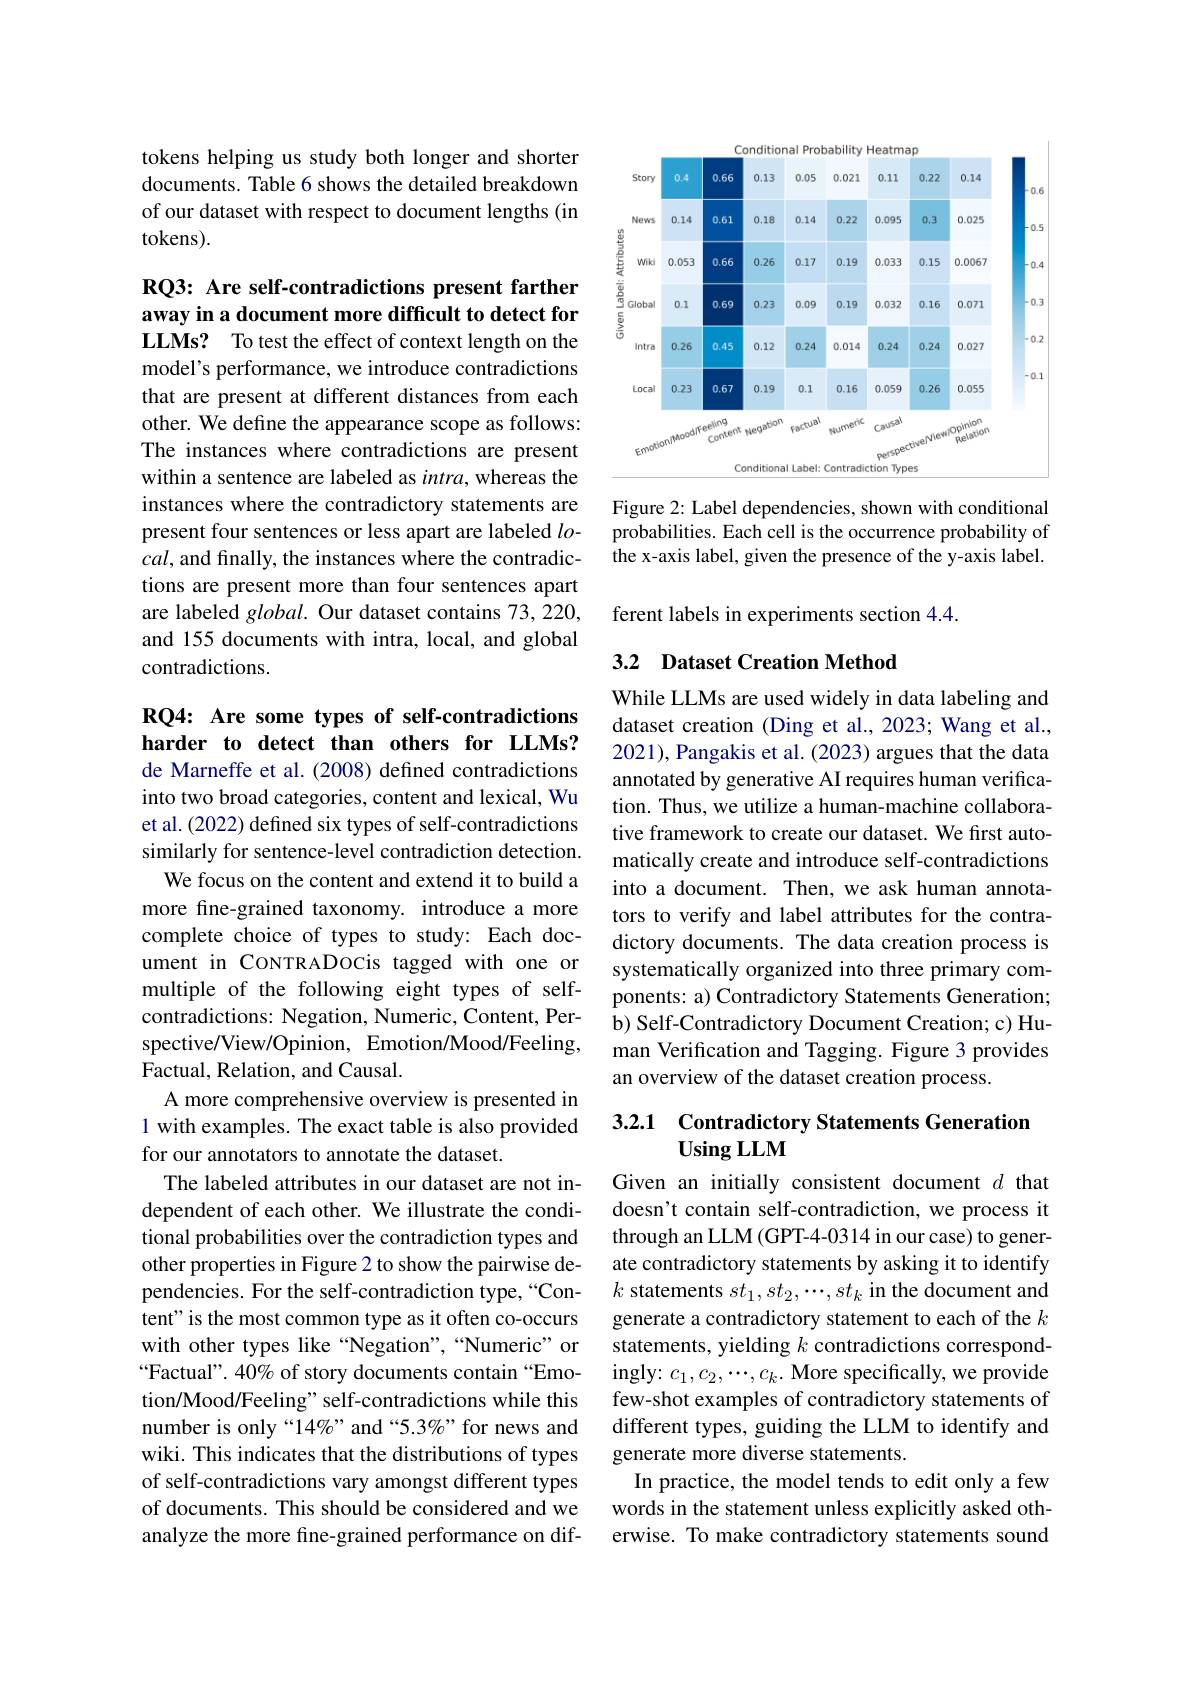
tokens helping us study both longer and shorter documents. Table 6 shows the detailed breakdown of our dataset with respect to document lengths (in tokens).

# RQ3: Are self-contradictions present farther away in a document more difficult to detect for LLMs? To test the effect of context length on the

model's performance, we introduce contradictions that are present at different distances from each other. We define the appearance scope as follows: The instances where contradictions are present within a sentence are labeled as $intra$, whereas the instances where the contradictory statements are present four sentences or less apart are labeled $lo$- $cal$, and finally, the instances where the contradictions are present more than four sentences apart are labeled global. Our dataset contains 73, 220, and 155 documents with intra, local, and global contradictions.

RQ4: Are some types of self-contradictions harder to detect than others for LLMs? de Marneffe et al. (2008) defined contradictions into two broad categories, content and lexical, Wu et al. (2022) defined six types of self-contradictions similarly for sentence-level contradiction detection.
We focus on the content and extend it to build a more fine-grained taxonomy. introduce a more complete choice of types to study: Each document in CONTRADOCis tagged with one or multiple of the following eight types of selfcontradictions: Negation, Numeric, Content, Perspective/View/Opinion, Emotion/Mood/Feeling, Factual, Relation, and Causal.
A more comprehensive overview is presented in 1 with examples. The exact table is also provided for our annotators to annotate the dataset.
The labeled attributes in our dataset are not independent of each other. We illustrate the conditional probabilities over the contradiction types and other properties in Figure 2 to show the pairwise dependencies. For the self-contradiction type,“Content" is the most common type as it often co-occurs with other types like “Negation”,“Numeric” or “Factual”. 40% of story documents contain “Emotion/Mood/Feeling" self-contradictions while this number is only“14%” and“5.3%” for news and wiki. This indicates that the distributions of types of self-contradictions vary amongst different types of documents. This should be considered and we analyze the more fine-grained performance on dif-

<FigureHere>

Figure 2: Label dependencies, shown with conditional probabilities. Each cell is the occurrence probability of the x-axis label, given the presence of the y-axis label.

ferent labels in experiments section 4.4.

## 3.2 Dataset Creation Method

While LLMs are used widely in data labeling and dataset creation (Ding et al., 2023; Wang et al., 2021), Pangakis et al. (2023) argues that the data annotated by generative AI requires human verification. Thus, we utilize a human-machine collaborative framework to create our dataset. We first automatically create and introduce self-contradictions into a document. Then, we ask human annotators to verify and label attributes for the contradictory documents. The data creation process is systematically organized into three primary components: a) Contradictory Statements Generation; $\dot{\text{b) Self-Contradictory Document Creation; c) Hu-}}$ man Verification and Tagging. Figure 3 provides an overview of the dataset creation process.

## 3.2.1 Contradictory Statements Generation Using LLM

Given an initially consistent document $d$ that doesn't contain self-contradiction, we process it through an LLM (GPT-4-0314 in our case) to generate contradictory statements by asking it to identify $k$ statements $st_1,st_2,\cdots,st_k$ in the document and generate a contradictory statement to each of the $k$ statements, yielding $k$ contradictions correspondingly: $c_1,c_2,\cdots,c_k.$ More specifically, we provide few-shot examples of contradictory statements of different types, guiding the LLM to identify and generate more diverse statements.
In practice, the model tends to edit only a few words in the statement unless explicitly asked otherwise. To make contradictory statements sound